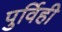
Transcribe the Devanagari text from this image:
पुर्विही